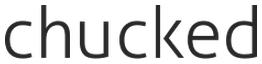
chucked